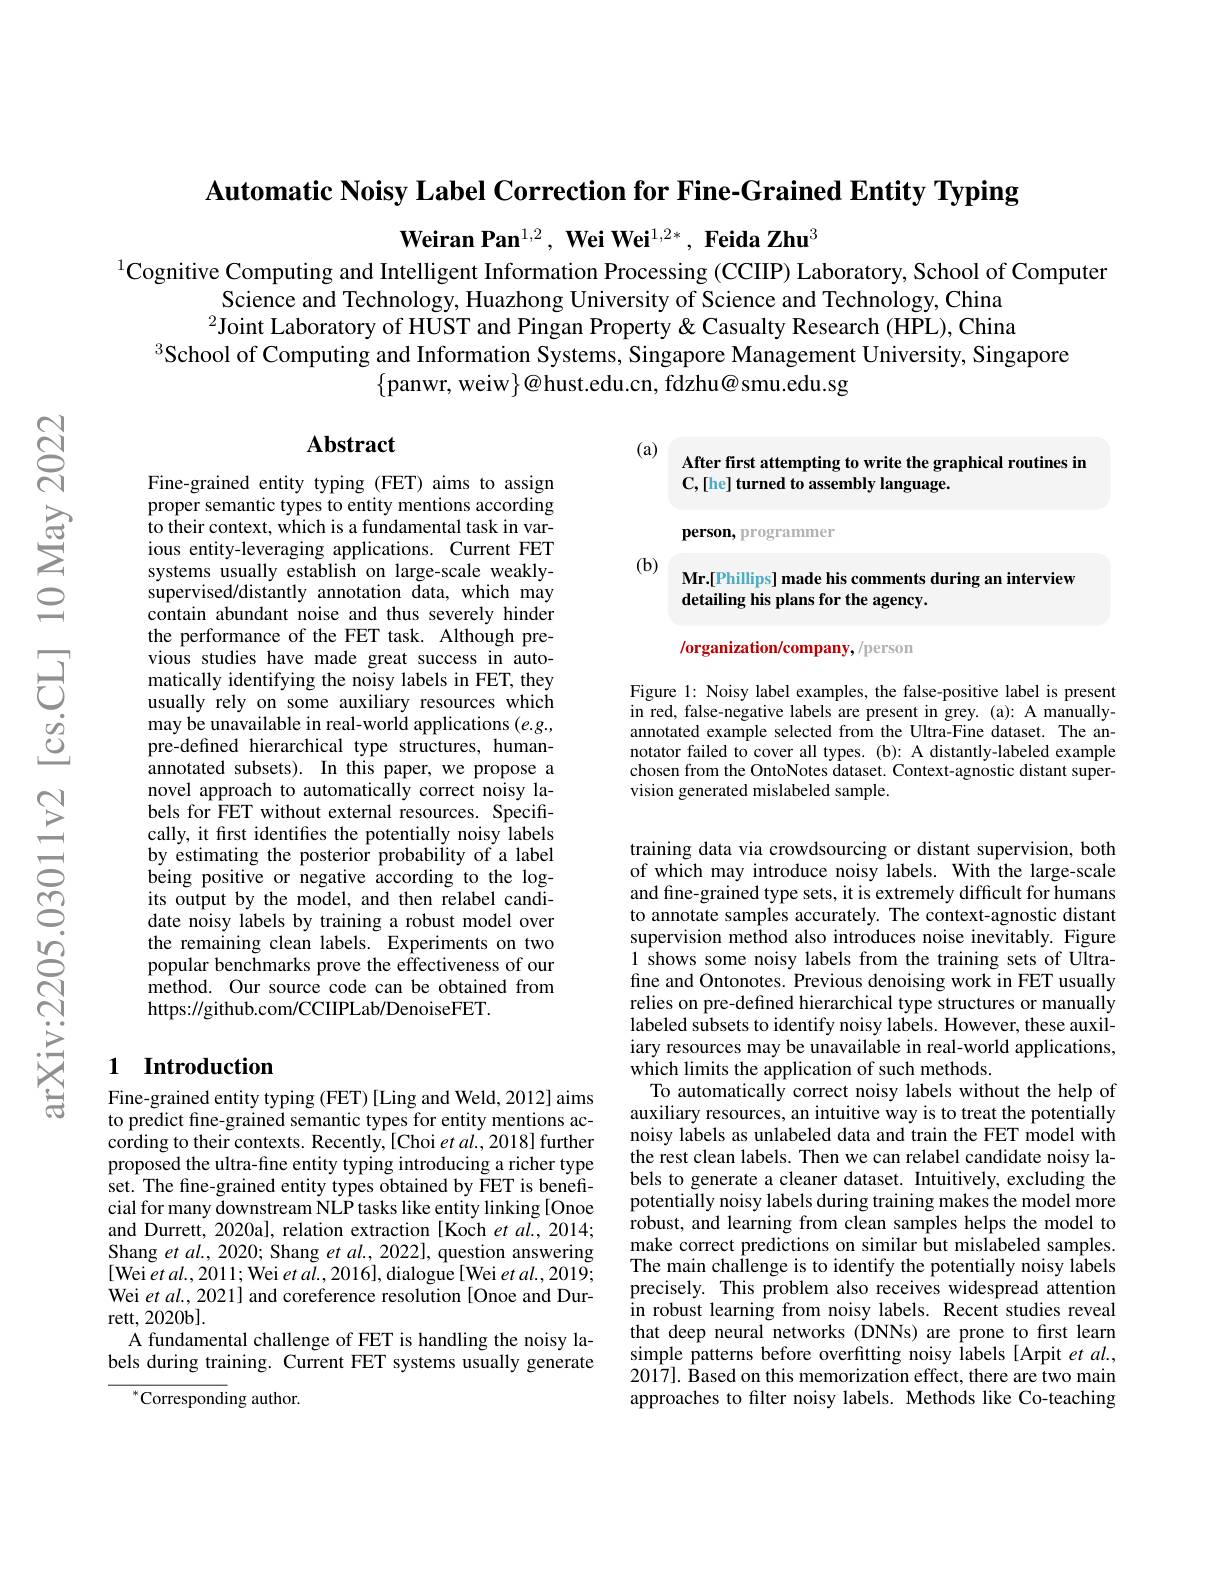
Automatic Noisy Label Correction for Fine-Grained Entity Typing

$\textbf{Weiran Pan}^{1,2},\textbf{ Wei Wei}^{1,2*},\textbf{ Feida Zhu}^{3}$

$^{1}$Cognitive Computing and Intelligent Information Processing (CCIIP) Laboratory, School of Computer
Science and Technology, Huazhong University of Science and Technology, China $^{2}$Joint Laboratory of HUST and Pingan Property & Casualty Research (HPL), China
$^{3}$School of Computing and Information Systems, Singapore Management University, Singapore
$\{$panwr, weiw$\}@$hust.edu.cn, fdzhu@smu.edu.sg

## Abstract

(a)

After first attempting to write the graphical routines in
C,[he] turned to assembly language.

person, programmer

(b)

Mr.[Phillips] made his comments during an interview
detailing his plans for the agency

/organization/company, /person

Figure 1: Noisy label examples, the false-positive label is present in red, false-negative labels are present in grey. (a): A manuallyannotated example selected from the Ultra-Fine dataset. The annotator failed to cover all types. (b): A distantly-labeled example chosen from the OntoNotes dataset. Context-agnostic distant supervision generated mislabeled sample.

Fine-grained entity typing (FET) aims to assign proper semantic types to entity mentions according to their context, which is a fundamental task in various entity-leveraging applications. Current FET systems usually establish on large-scale weaklysupervised/distantly annotation data, which may contain abundant noise and thus severely hinder the performance of the FET task. Although previous studies have made great success in automatically identifying the noisy labels in FET, they usually rely on some auxiliary resources which may be unavailable in real-world applications $(e.g.$, pre-defined hierarchical type structures, humanannotated subsets). In this paper, we propose a novel approach to automatically correct noisy labels for FET without external resources. Specifically, it first identifies the potentially noisy labels by estimating the posterior probability of a label being positive or negative according to the logits output by the model, and then relabel candidate noisy labels by training a robust model over the remaining clean labels. Experiments on two popular benchmarks prove the effectiveness of our method. Our source code can be obtained from https://github.com/CCIIPLab/DenoiseFET.

## 1 Introduction

training data via crowdsourcing or distant supervision, both of which may introduce noisy labels. With the large-scale and fine-grained type sets, it is extremely difficult for humans to annotate samples accurately. The context-agnostic distant supervision method also introduces noise inevitably. Figure 1 shows some noisy labels from the training sets of Ultrafine and Ontonotes. Previous denoising work in FET usually relies on pre-defined hierarchical type structures or manually labeled subsets to identify noisy labels. However, these auxiliary resources may be unavailable in real-world applications, which limits the application of such methods.
To automatically correct noisy labels without the help of auxiliary resources, an intuitive way is to treat the potentially noisy labels as unlabeled data and train the FET model with the rest clean labels. Then we can relabel candidate noisy labels to generate a cleaner dataset. Intuitively, excluding the potentially noisy labels during training makes the model more robust, and learning from clean samples helps the model to make correct predictions on similar but mislabeled samples. The main challenge is to identify the potentially noisy lâbels precisely. This problem also receives widespread attention in robust learning from noisy labels. Recent studies reveal that deep neural networks (DNNs) are prone to first learn simple patterns before overfitting noisy labels [Arpit et al., 2017]. Based on this memorization effect, there are two main approaches to filter noisy labels. Methods like Co-teaching

Fine-grained entity typing (FET) [Ling and Weld, 2012] aims to predict fine-grained semantic types for entity mentions according to their contexts. Recently,[Choi et al., 2018] further proposed the ultra-fine entity typing introducing a richer type set. The fine-grained entity types obtained by FET is beneficial for many downstream NLP tasks like entity linking [Onoe and Durrett, 2020al, relation extraction [Koch et al., 2014; Shang et $al.,2020;$ Shang $etal.,2022]$, question answering [Wei $etal.,2011;$Wei $etal.,2016]$,dialogue[Wei $etal.,2019;$ Wei $etal.,2021]$ and coreference resolution [Onoe and Durrett, 2020b].
A fundamental challenge of FET is handling the noisy labels during training. Current FET systems usually generate
$^{*}$Corresponding author.